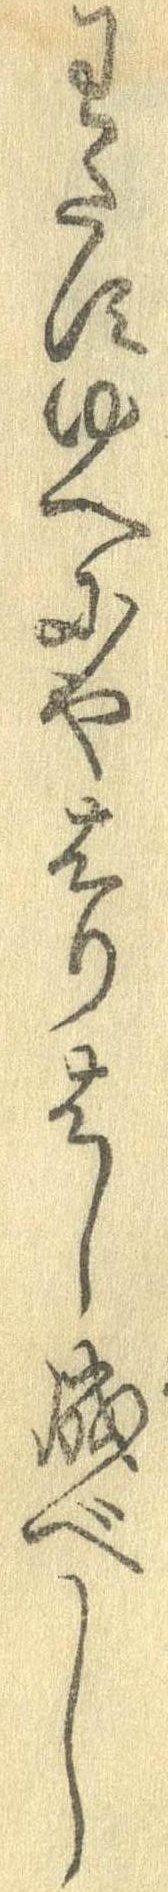
わたすゆへにやはりはし成べし